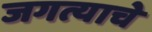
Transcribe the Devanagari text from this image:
जगत्याचे